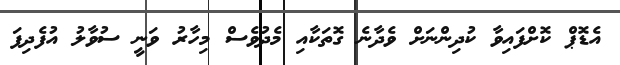
އެޑޮޕް ކޮށްފައިވާ ކުދިންނަށް ވެދާނެ ގޮތަކާއި މެދުވެސް މިހާރު ވަނީ ސުވާލު އުފެދިފަ